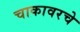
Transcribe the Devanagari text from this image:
चाकावरचे